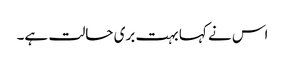
اس نے کہا بہت بری حالت ہے۔